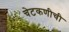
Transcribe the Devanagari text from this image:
चेटकणीची